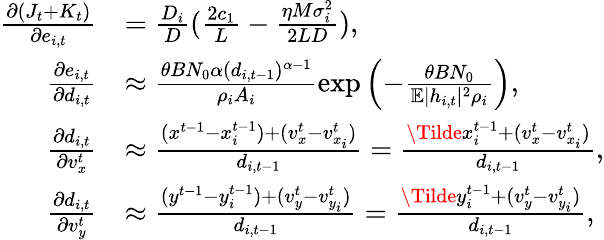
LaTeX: \begin{array}{rl}{\frac{\partial(J_{t}+K_{t})}{\partial e_{i,t}}}&{=\frac{D_{i}}{D}(\frac{2c_{1}}{L}-\frac{\eta M\sigma_{i}^{2}}{2LD}),}\\ {\frac{\partial e_{i,t}}{\partial d_{i,t}}}&{\approx\frac{\theta BN_{0}\alpha(d_{i,t-1})^{\alpha-1}}{\rho_{i}A_{i}}\exp{\left(-\frac{\theta BN_{0}}{\mathbb{E}|h_{i,t}|^{2}\rho_{i}}\right)},}\\ {\frac{\partial d_{i,t}}{\partial v_{x}^{t}}}&{\approx\frac{(x^{t-1}-x_{i}^{t-1})+(v_{x}^{t}-v_{x_{i}}^{t})}{d_{i,t-1}}=\frac{\Tilde{x}_{i}^{t-1}+(v_{x}^{t}-v_{x_{i}}^{t})}{d_{i,t-1}},}\\ {\frac{\partial d_{i,t}}{\partial v_{y}^{t}}}&{\approx\frac{(y^{t-1}-y_{i}^{t-1})+(v_{y}^{t}-v_{y_{i}}^{t})}{d_{i,t-1}}=\frac{\Tilde{y}_{i}^{t-1}+(v_{y}^{t}-v_{y_{i}}^{t})}{d_{i,t-1}},}\end{array}